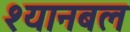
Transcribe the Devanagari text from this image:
श्यानबल